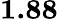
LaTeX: \mathbf{1.88}